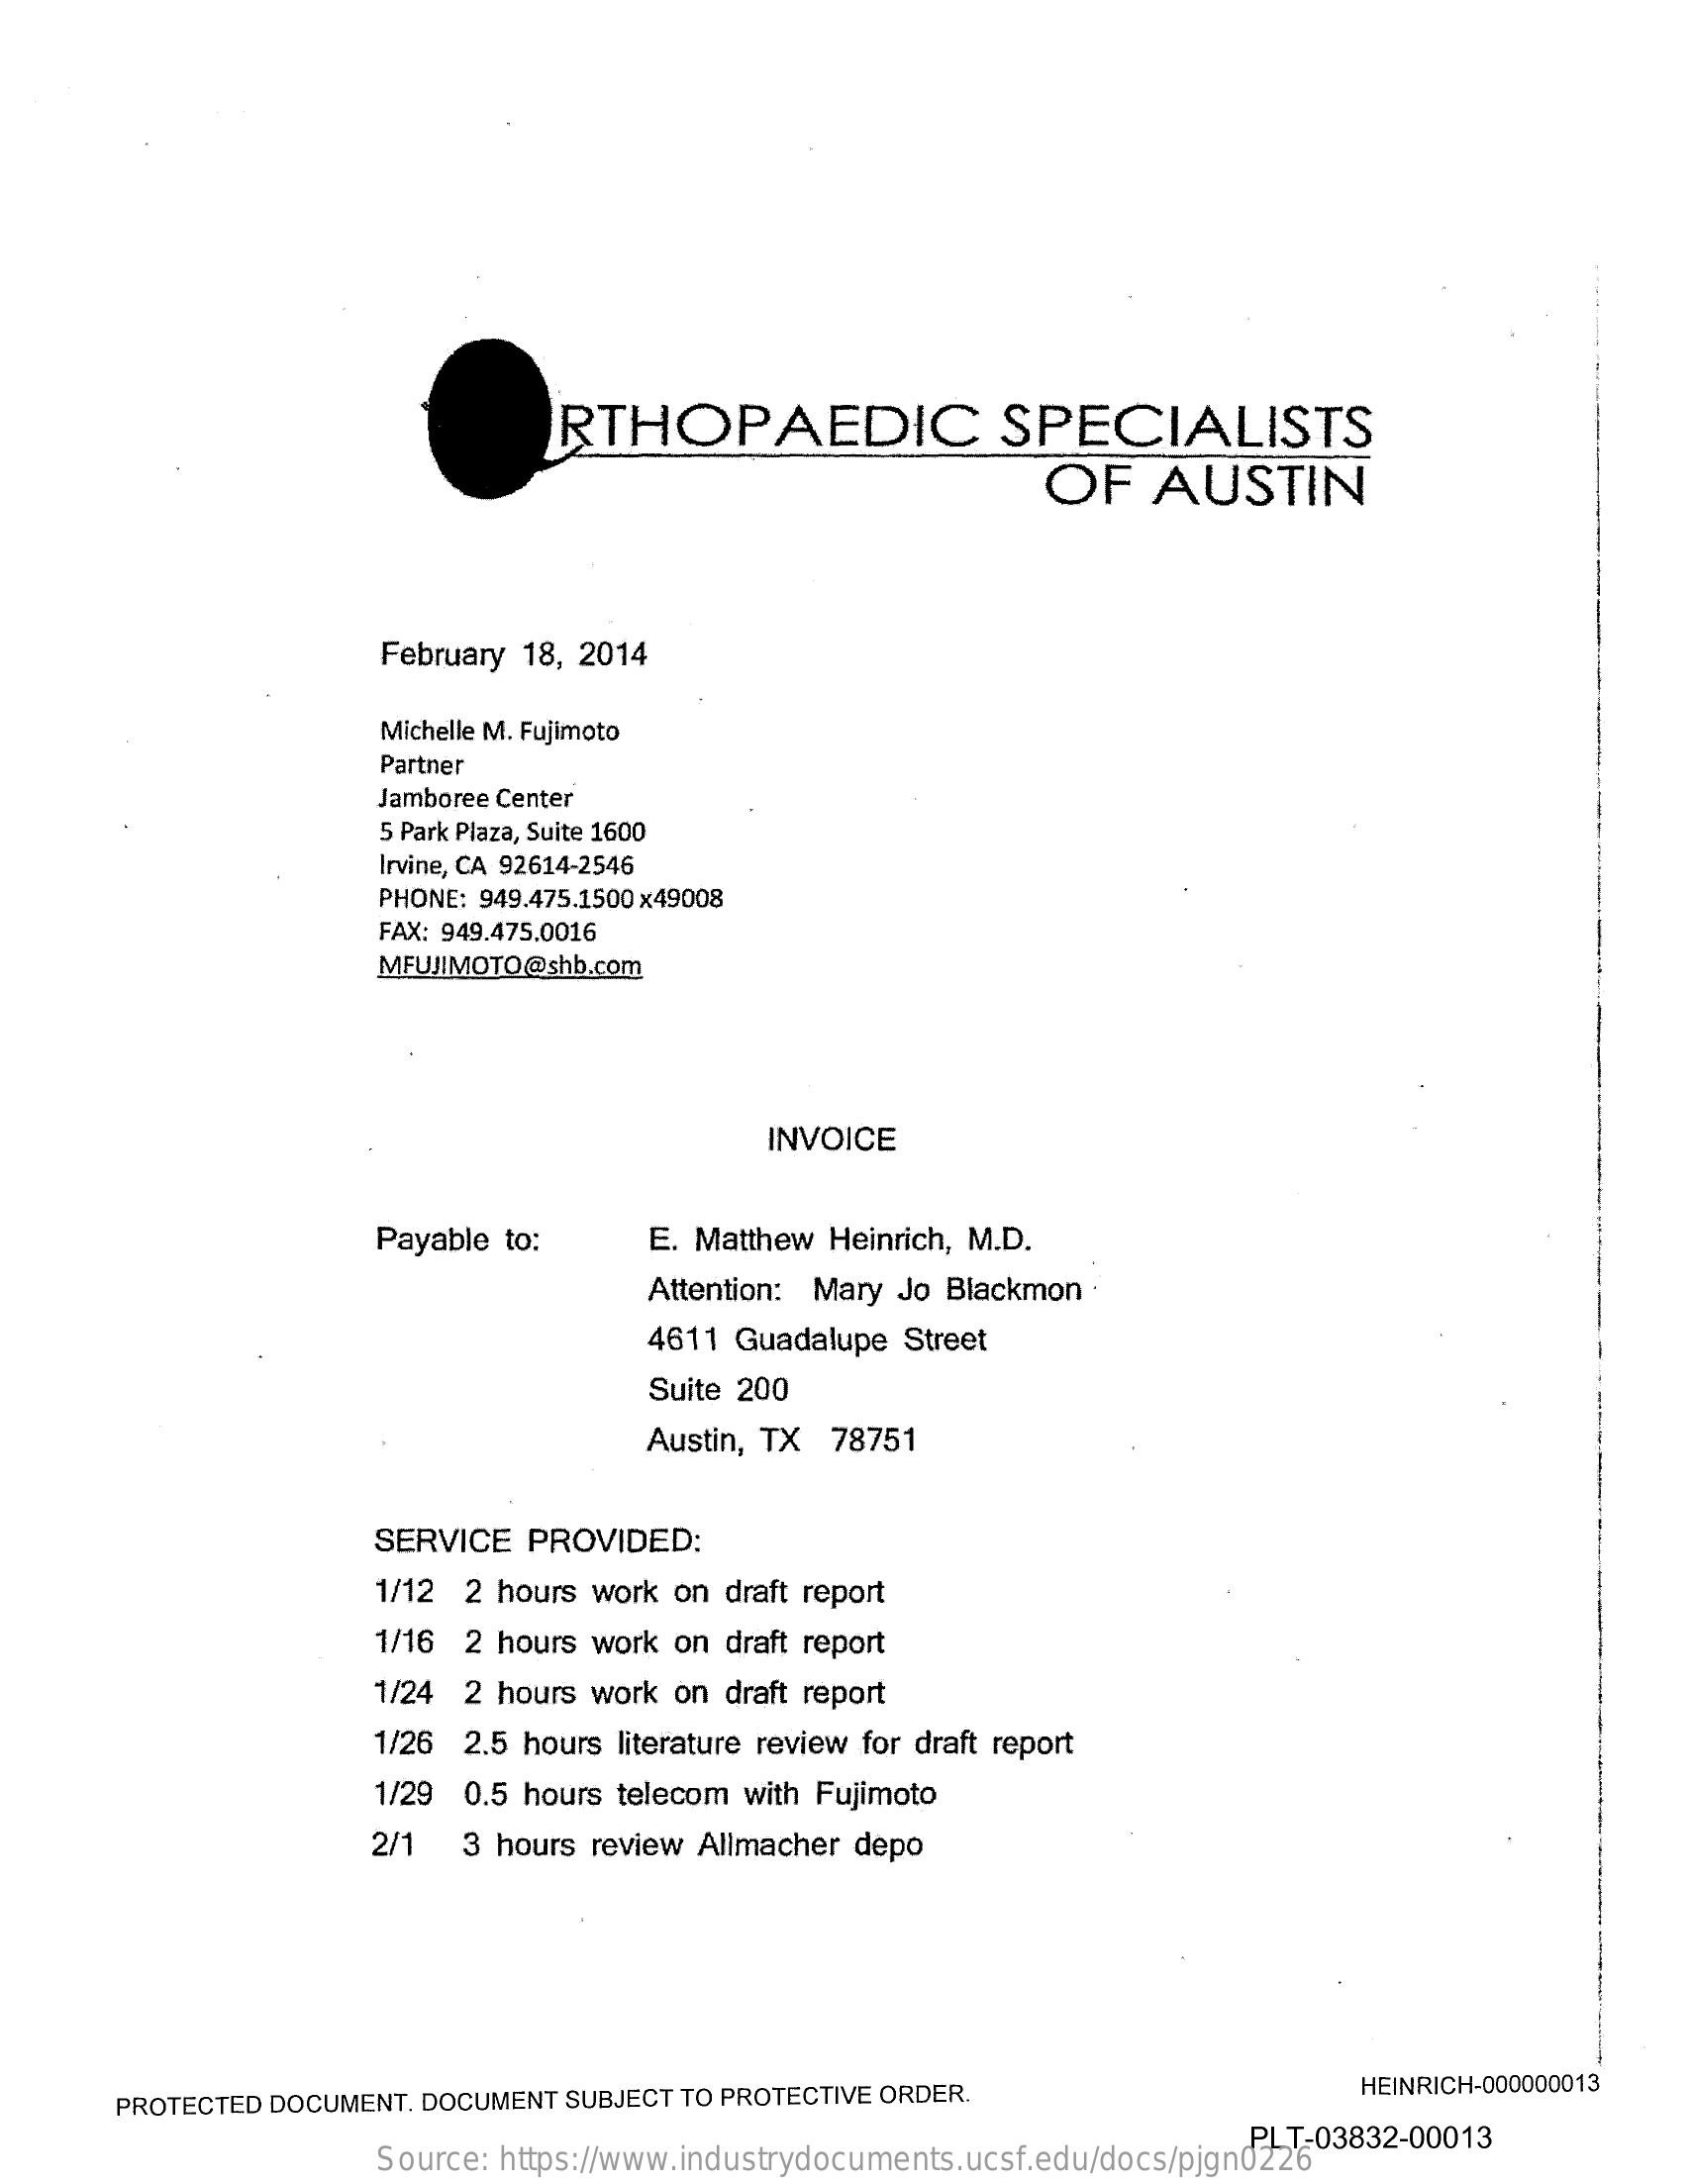
RTHOPAEDIC    SPECIALISTS
     OF  AUSTIN
     February 18, 2014
     Michelle M. Fujimoto
     Partner
     Jamboree Center
     5 Park Plaza, Suite 1600
     Irvine, CA 92614-2546
     PHONE: 949.475.1500 x49008
     FAX: 949.475.0016
     MFUJIMOTO@shb.com
     INVOICE
     Payable to:  E. Matthew Heinrich, M.D.
     Attention: Mary Jo Blackmon
     4611 Guadalupe Street
     Suite 200
     Austin, TX 78751
     SERVICE PROVIDED:
     1/12 2 hours work on draft report
     1/16 2 hours work on draft report
     1/24 2 hours work on draft report
     1/26 2.5 hours literature review for draft report
     1/29 0.5 hours telecom with Fujimoto
     2/1 3 hours review Allmacher depo
     PROTECTED DOCUMENT. DOCUMENT SUBJECT TO PROTECTIVE ORDER. HEINRICH-000000013
     Source: https://www.industrydocuments.ucsf.edu/docs/pjgn0226
     PLT-03832-00013